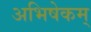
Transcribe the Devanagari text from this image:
अभिषेकम्